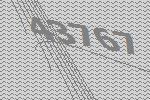
43767